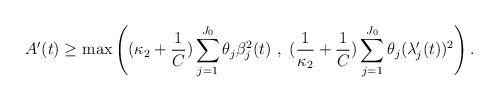
LaTeX: \begin{align*} A'(t)\geq \max \left( (\kappa_2+\frac 1C) \sum_{j=1}^{J_0} \theta_j \beta_j^2(t) \ , \ (\frac{1}{\kappa_2}+\frac 1C) \sum_{j=1}^{J_0} \theta_j (\lambda_j'(t))^2 \right).\end{align*}